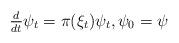
LaTeX: \begin{align*}{\textstyle \frac{d}{dt}} \psi_{t} = \pi(\xi_{t}) \psi_{t}, \psi_0 = \psi\end{align*}